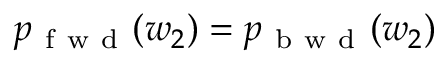
p _ { \mathrm { ~ f ~ w ~ d ~ } } ( w _ { 2 } ) = p _ { \mathrm { ~ b ~ w ~ d ~ } } ( w _ { 2 } )